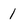
Character: 1